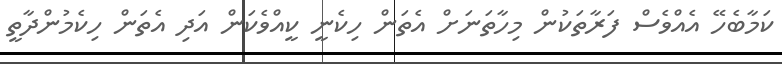
ކަމާބެހޭ އެއްވެސް ފަރާތަކުން މިހާތަނަށް އެތަން ހިކެނީ ކީއްވެކަން އަދި އެތަން ހިކެމުންދާތީ